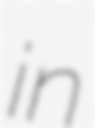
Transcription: in